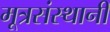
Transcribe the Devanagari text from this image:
मूत्रसंस्थानी